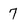
Character: 7